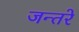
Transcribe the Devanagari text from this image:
जन्तरे